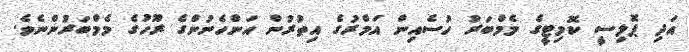
އަދި ޕޮލިސީ ކޮމިޓީގެ މެމްބަރު ހުސެއިން އަމްރުގެ އިތުރުން އަންހެނުންގެ ރޫހުގެ މެމްބަރުންނެވެ.